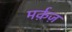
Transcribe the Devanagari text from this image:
मर्क़ज़